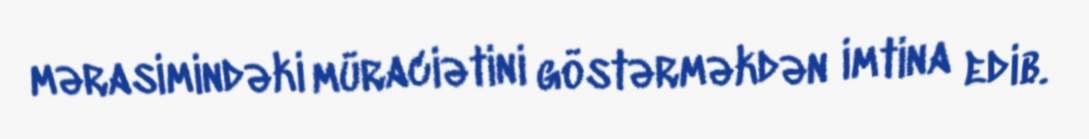
mərasimindəki müraciətini göstərməkdən imtina edib.